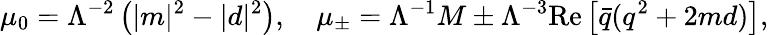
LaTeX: \mu_{0}=\Lambda^{-2}\left(|m|^{2}-|d|^{2}\right),\quad\mu_{\pm}=\Lambda^{-1}M\pm\Lambda^{-3}\mathrm{Re}\left[{\bar{q}}(q^{2}+2md)\right],